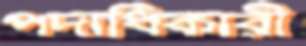
পদাধিকারী